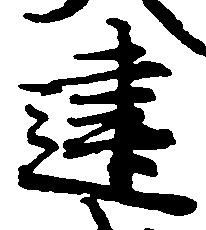
建